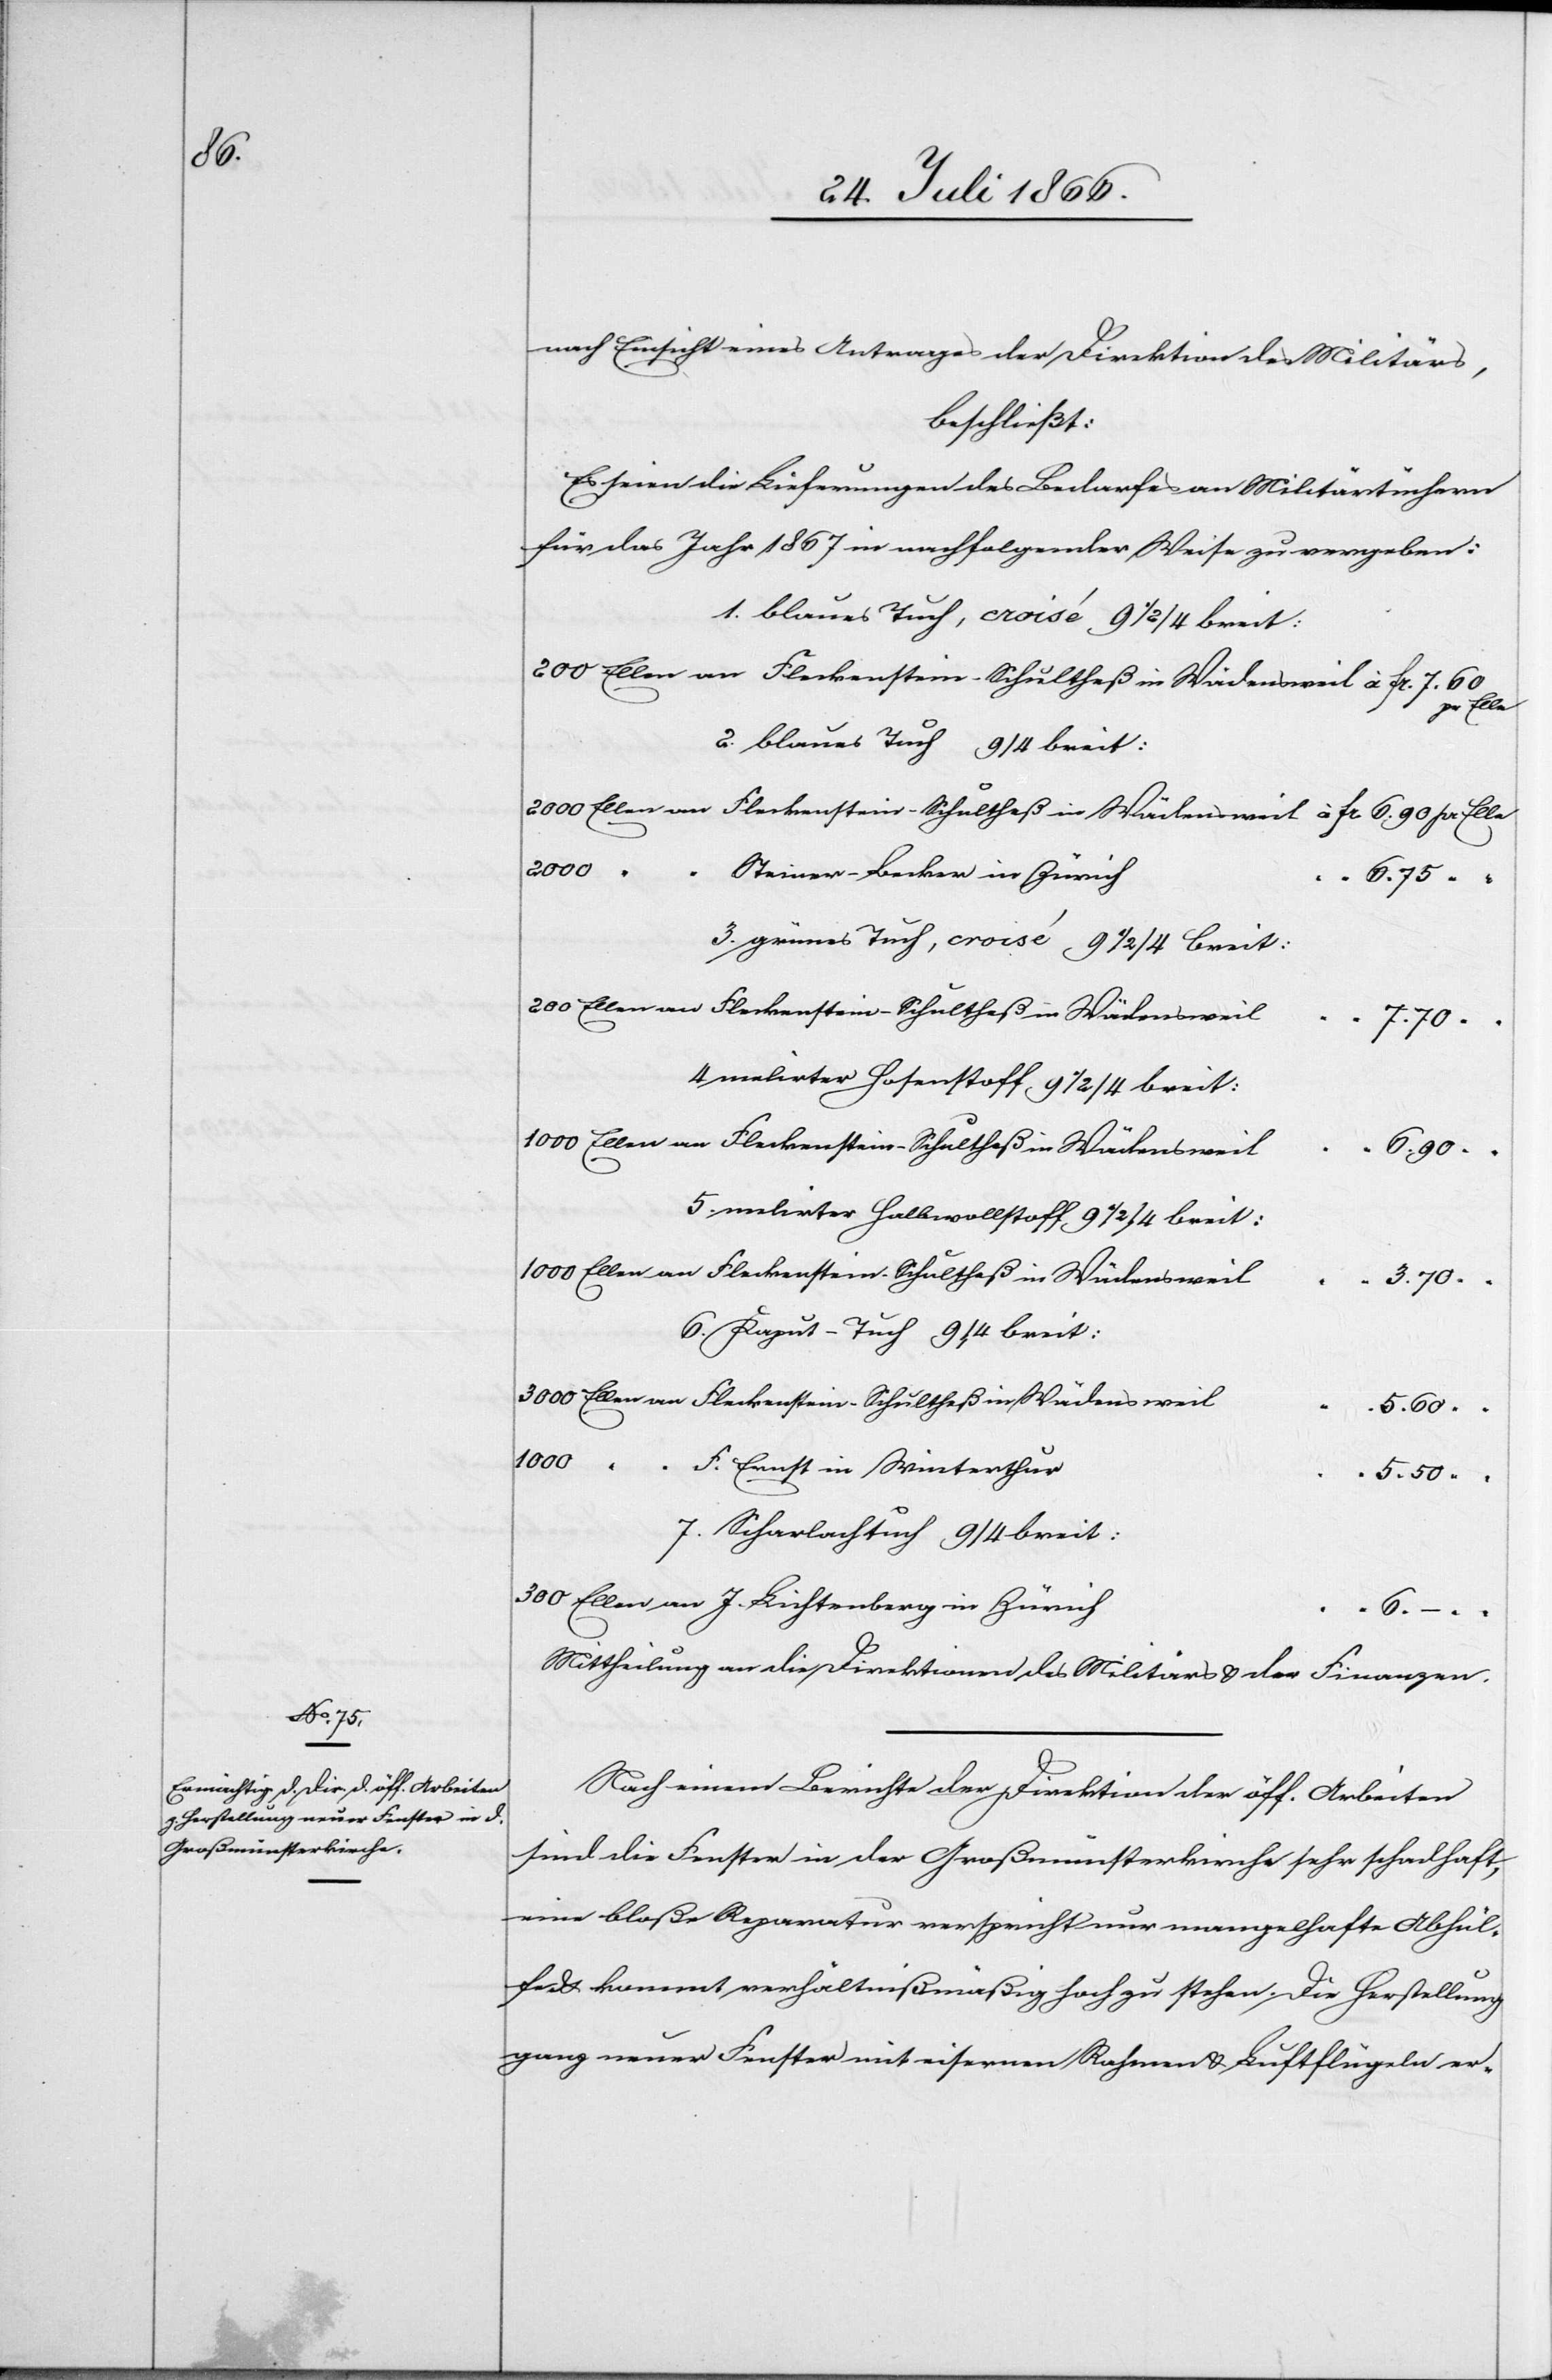
J.

nach Einsicht eines Antrages der Direktion des Militärs,
beschließt:
Es seien die Lieferungen des Bedarfes an Militärtüchern
für das Jahr 1867 in nachfolgender Weise zu vergeben:
1. blaues Tuch, croisé 9 1/2 / 4 breit:
Ellen
2. blaues Tuch 9 / 4 breit:
3000
Steiner Lecker in Zürich
3.70
3. grünes Tuch, croisé 9 1/2 / 4 breit:
7.70
4. malirter Hosenstoff 9 1 / 2 / 4 breit:
Fleckenstein Schultheß in Wädensweil
6.90
5. mehrter Halbwollstoff 9 1 / 2 / 4 breit
6. Kaput-Tuch 9 / 4 breit:
“
5.60
1000
300
F. Ernst in Winterthur
5.50
7. Scharlachtuch 9 / 4 breit
“ “
Mittheilung an die Direktionen des Militärs u. der Finanzen.
Nach einem Berichte der Direktion der öff. Arbeiten
sind die Fenster in der Großmünsterkirche sehr schadhaft,
eine bloße Reparatur verspricht nur mangelhafte Abhül¬
fe u. kommt verhältnißmäßig hoch zu stehen. Die Herstellun¬
g neuer Fenster mit eisernen Rahmen u. Luftflügeln er-